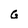
Character: G